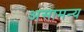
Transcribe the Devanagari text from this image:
असामन्य